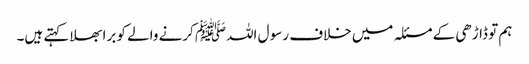
ہم تو ڈاڑھی کے مسئلہ میں خلاف رسو ل اللہﷺ کرنے والے کو برا بھلا کہتے ہیں۔